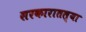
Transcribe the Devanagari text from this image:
सरकारातल्या